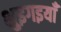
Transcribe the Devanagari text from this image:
भुइगइयाँ